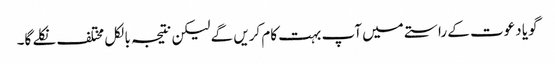
گویا دعوت کے راستے میں آپ بہت کام کریں گے لیکن نتیجہ بالکل مختلف نکلے گا۔